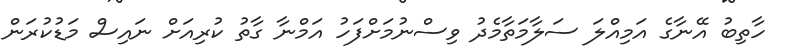
ހާތިބު އޭނާގެ އަމިއްލަ ސަލާމަތާމެދު ވިސްނުމަށްފަހު އަމްނާ ގާތު ކުރިއަށް ނައިސް މަޑުކުރަން